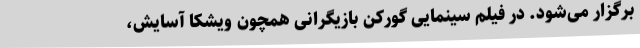
برگزار می‌شود. در فیلم سینمایی گورکن بازیگرانی همچون ویشکا آسایش،